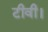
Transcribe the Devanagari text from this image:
टीवी।